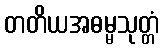
တတိယအဓမ္မသုတ္တံ